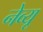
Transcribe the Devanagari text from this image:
नेव्यू